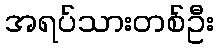
အရပ်သားတစ်ဦး